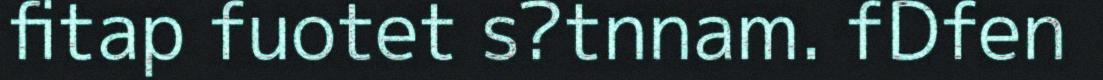
fitap fuotet s?tnnam. fDfen